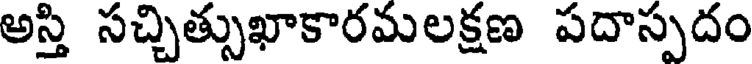
అస్తి సచ్చిత్సుఖాకారమలక్షణ పదాస్పదం